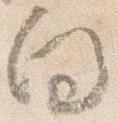
向